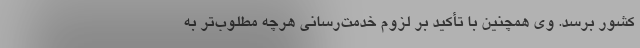
کشور برسد. وی همچنین با تأکید بر لزوم خدمت‌رسانی هرچه مطلوب‌تر به